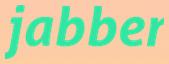
jabber